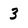
Character: 3